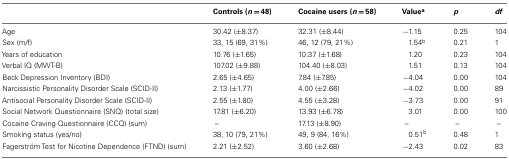
<table><thead><tr><td></td><td><b>Controls (<i>n</i> = 48)</b></td><td><b>Cocaine users (<i>n</i> = 58)</b></td><td><b>Value<sup>a</sup></b></td><td><b><i>p</i></b></td><td><b><i>df</i></b></td></tr></thead><tbody><tr><td>Age</td><td>30.42 (±8.37)</td><td>32.31 (±8.44)</td><td>−1.15</td><td>0.25</td><td>104</td></tr><tr><td>Sex (m/f)</td><td>33, 15 (69, 31%)</td><td>46, 12 (79, 21%)</td><td>1.54<sup>b</sup></td><td>0.21</td><td>1</td></tr><tr><td>Years of education</td><td>10.76 (±1.65)</td><td>10.37 (±1.68)</td><td>1.20</td><td>0.23</td><td>104</td></tr><tr><td>Verbal IQ (MWT-B)</td><td>107.02 (±9.88)</td><td>104.40 (±8.03)</td><td>1.51</td><td>0.13</td><td>104</td></tr><tr><td>Beck Depression Inventory (BDI)</td><td>2.65 (±4.65)</td><td>7.84 (±7.85)</td><td>−4.04</td><td>0.00</td><td>104</td></tr><tr><td>Narcissistic Personality Disorder Scale (SCID-II)</td><td>2.13 (±1.77)</td><td>4.00 (±2.66)</td><td>−4.02</td><td>0.00</td><td>89</td></tr><tr><td>Antisocial Personality Disorder Scale (SCID-II)</td><td>2.55 (±1.80)</td><td>4.55 (±3.28)</td><td>−3.73</td><td>0.00</td><td>91</td></tr><tr><td>Social Network Questionnaire (SNQ) (total size)</td><td>17.81 (±6.20)</td><td>13.93 (±6.78)</td><td>3.01</td><td>0.00</td><td>100</td></tr><tr><td>Cocaine Craving Questionnaire (CCQ) (sum)</td><td>–</td><td>17.13 (±8.90)</td><td>–</td><td>–</td><td>–</td></tr><tr><td>Smoking status (yes/no)</td><td>38, 10 (79, 21%)</td><td>49, 9 (84, 16%)</td><td>0.51<sup>b</sup></td><td>0.48</td><td>1</td></tr><tr><td>Fagerström Test for Nicotine Dependence (FTND) (sum)</td><td>2.21 (±2.52)</td><td>3.60 (±2.68)</td><td>−2.43</td><td>0.02</td><td>83</td></tr></tbody></table>